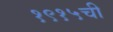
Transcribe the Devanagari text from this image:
१९१५ची